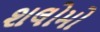
શલોમો